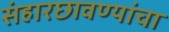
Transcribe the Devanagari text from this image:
संहारछावण्यांचा